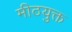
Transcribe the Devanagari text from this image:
मीठयुक्त